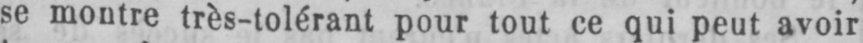
se montre très-tolérant pour tout ce qui peut avoir